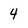
Character: 4